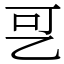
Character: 㐓